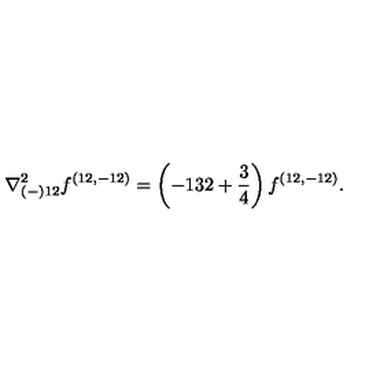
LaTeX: { \nabla _ { ( - ) 1 2 } ^ { 2 } f ^ { ( 1 2 , - 1 2 ) } = \left( - 1 3 2 + { \frac { 3 } { 4 } } \right) f ^ { ( 1 2 , - 1 2 ) } . }